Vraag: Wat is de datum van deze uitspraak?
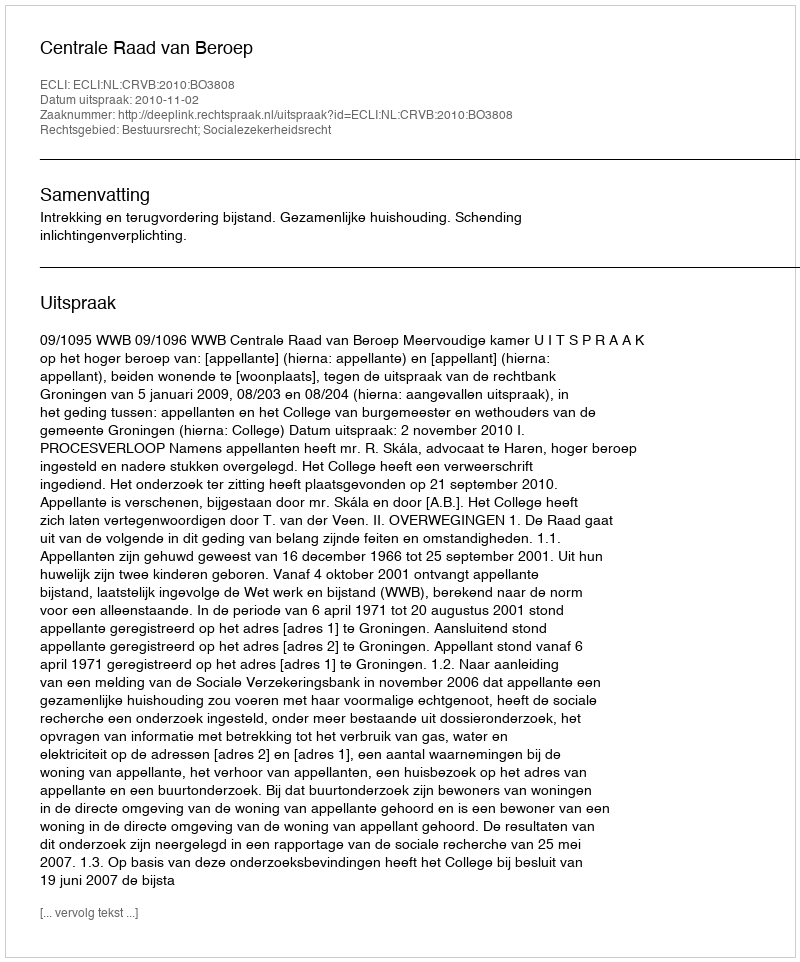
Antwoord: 2010-11-02